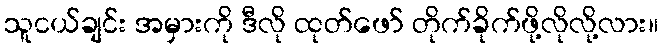
သူငယ်ချင်း အမှားကို ဒီလို ထုတ်ဖော် တိုက်ခိုက်ဖို့လိုလို့လား။